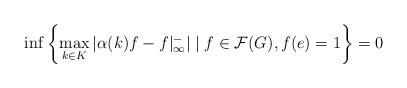
LaTeX: \begin{align*}\inf\left\{ \max_{k \in K}|\alpha(k)f-f|_{\infty}^-| \mid f \in {\mathcal F}(G),f(e) = 1\right\} = 0\end{align*}